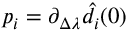
p _ { i } = \partial _ { \Delta \lambda } \hat { d } _ { i } ( 0 )